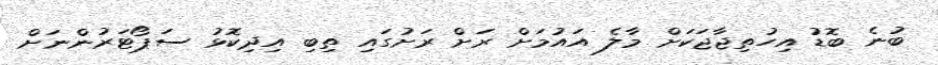
ބުނެ ބޮޑު އިހުތިޖާޖަކަށް މާލެ އައުމަށް ރަށް ރަށުގައި ތިބި އިދިކޮޅު ސަޕޯޓަރުންނަށް